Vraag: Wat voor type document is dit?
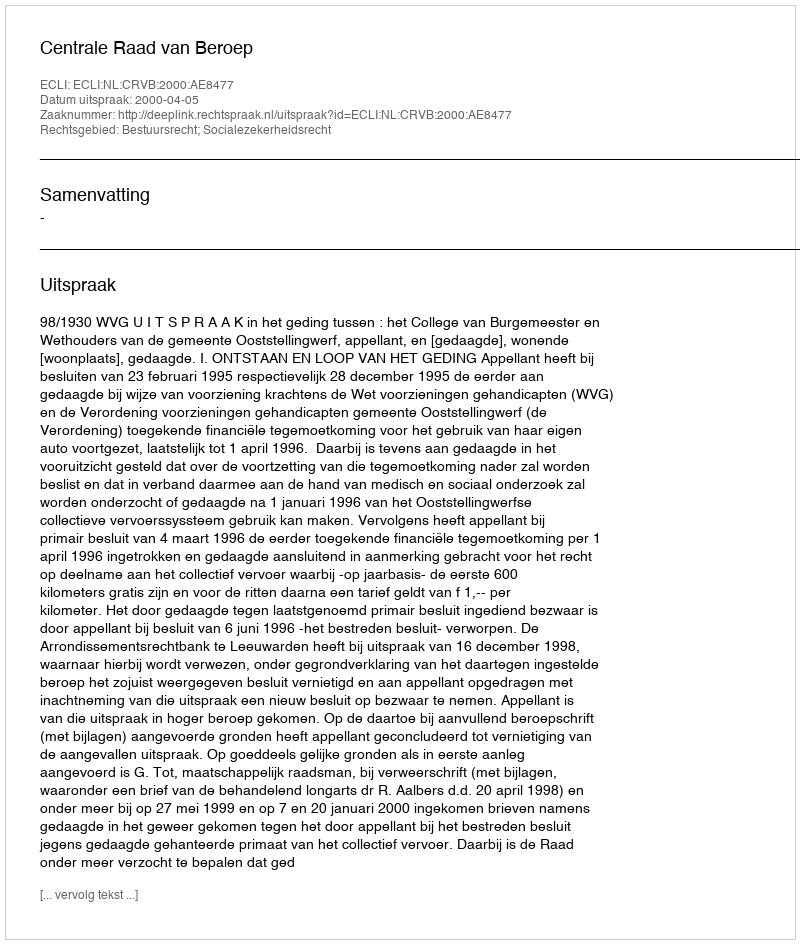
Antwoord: Uitspraak